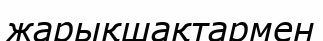
жарықшақтармен